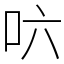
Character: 𠯿